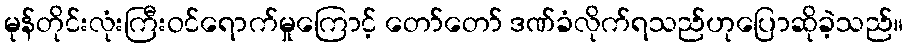
မုန်တိုင်းလုံးကြီးဝင်ရောက်မှုကြောင့် တော်တော် ဒဏ်ခံလိုက်ရသည်ဟုပြောဆိုခဲ့သည်။